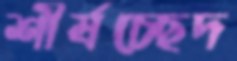
শীর্ষচ্ছেদ